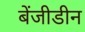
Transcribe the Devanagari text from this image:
बेंजीडीन